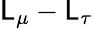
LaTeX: \mathsf{L}_{\mu}-\mathsf{L}_{\tau}